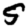
Digit: 5